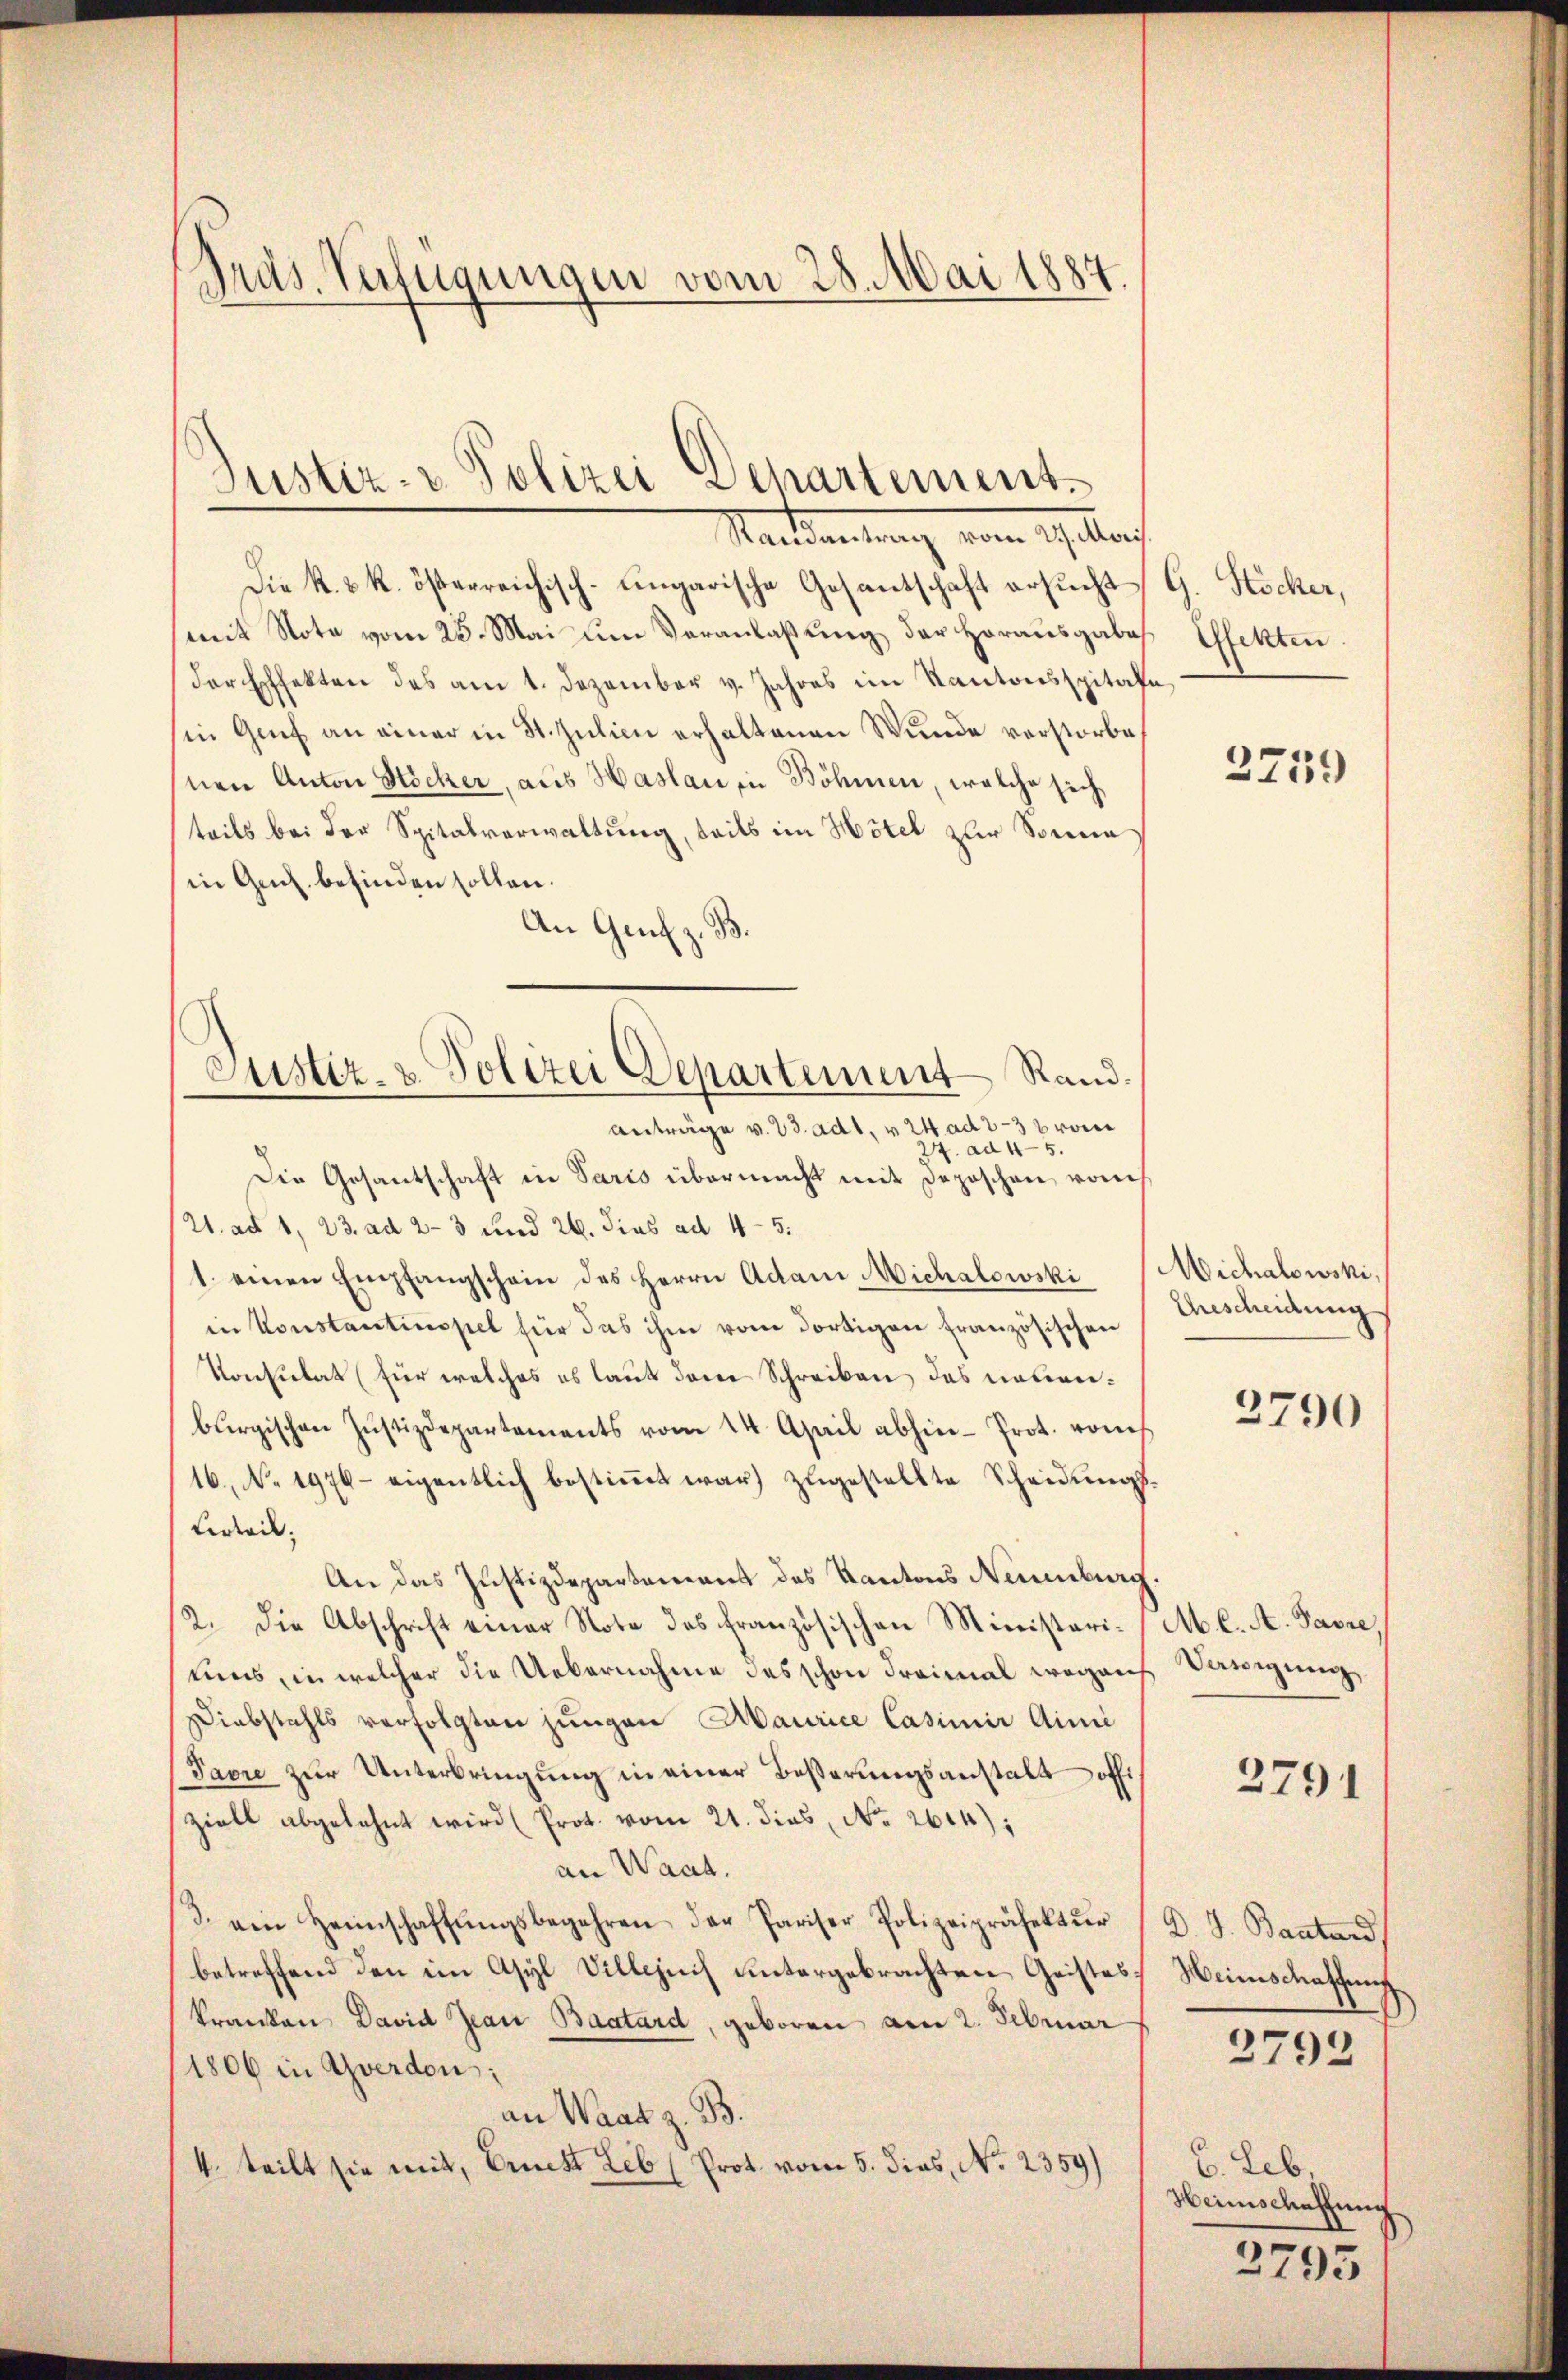
Prus. Verfügungen vom 28. Mai 1887.

Justiz- & Polizei Departement
Mandantung vom 29. Mar

Die k. k. k. österreichisch-ungarische Gesantschaft ersucht
mit Note vom 25. Mai um Veranlaßung der Horausgabe
der Effekten des am 1. Dezember v. Jahres im Kantonsspitale,
in Genf an einer in St. Julieu erhaltenen Wunde verstorbe
nen Anton Nocker, aus Haslau in Böhmen, welche sich
teils bei der Spitalverwaltung, teils im Hotel zur Sonne
in Genf befinden sollen.
An Genf z. B.
4. ad 45.
Die Gesantschaft in Paris übermacht mit Deposchen vom
W. ad 1, 23. ad 2-3 und 26. dies ad 45.
1. einen Empfangschein des Herrn Adam Michalowski
in Konstantinopel für das ihm vom dortigen französischen
Konsulat (für welches es laut dene Schreiben das neuenburgischen Justizdepartements vom 14. April abhin-Prot. vom
16, No 1976- eigentlich bestiṁt war) zugestellte Scheidungs¬
Kerteil,
An das Justizdepartement des Kantons Naumburg
2. Die Abschrift einer Note des französischen Ministeriuuns, in welcher die Uebernahme des schon Freimal weg auf Vanigung,
Diebstahls verfolgten jungen Maurice Casimir Aimi
Javre zur Unterbringung in einer Beßerungsanstalt offiziell abgelehnt wird (Prot. vom 21. dies, No. 264):
an Waat.
3. von Heimschaffŭngsbegehren der Pariser Polizeipräfektŭr
betreffend den in Asyl Villezuch untergebrachten Geisteskranken David Jean Baatard, geboren am 2. Februar
1806 in Yverdon;
an Waadt z. B.
4. teilt sie mit, Ernest Leb (Prot. vom 5. dies, No 2359)

Justiz- & Polizei Departement Rand.
Anträge v. 23. ad 1. v. 24. ad 2-3 bron

G. Stöcker,
Gfekten.

2759

Michalowski,
Erescheidung

2790

M. C. A. Favre

2791

D. J. Bastand,
Heimschaffung
2792

B. Leb
Heimschaffung

2795